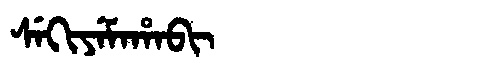
Manchu: ᠰᡝᡴᡳᠶᡝᠮᠠᡥᠠᠪᡳ
Romanization: SEKIYEMAHABI